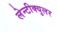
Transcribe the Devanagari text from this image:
लेन्टीक्युलर